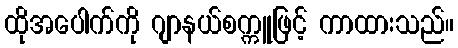
ထိုအပေါက်ကို ဂျာနယ်စက္ကူဖြင့် ကာထားသည်။